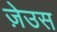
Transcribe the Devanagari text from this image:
ज़ेउस